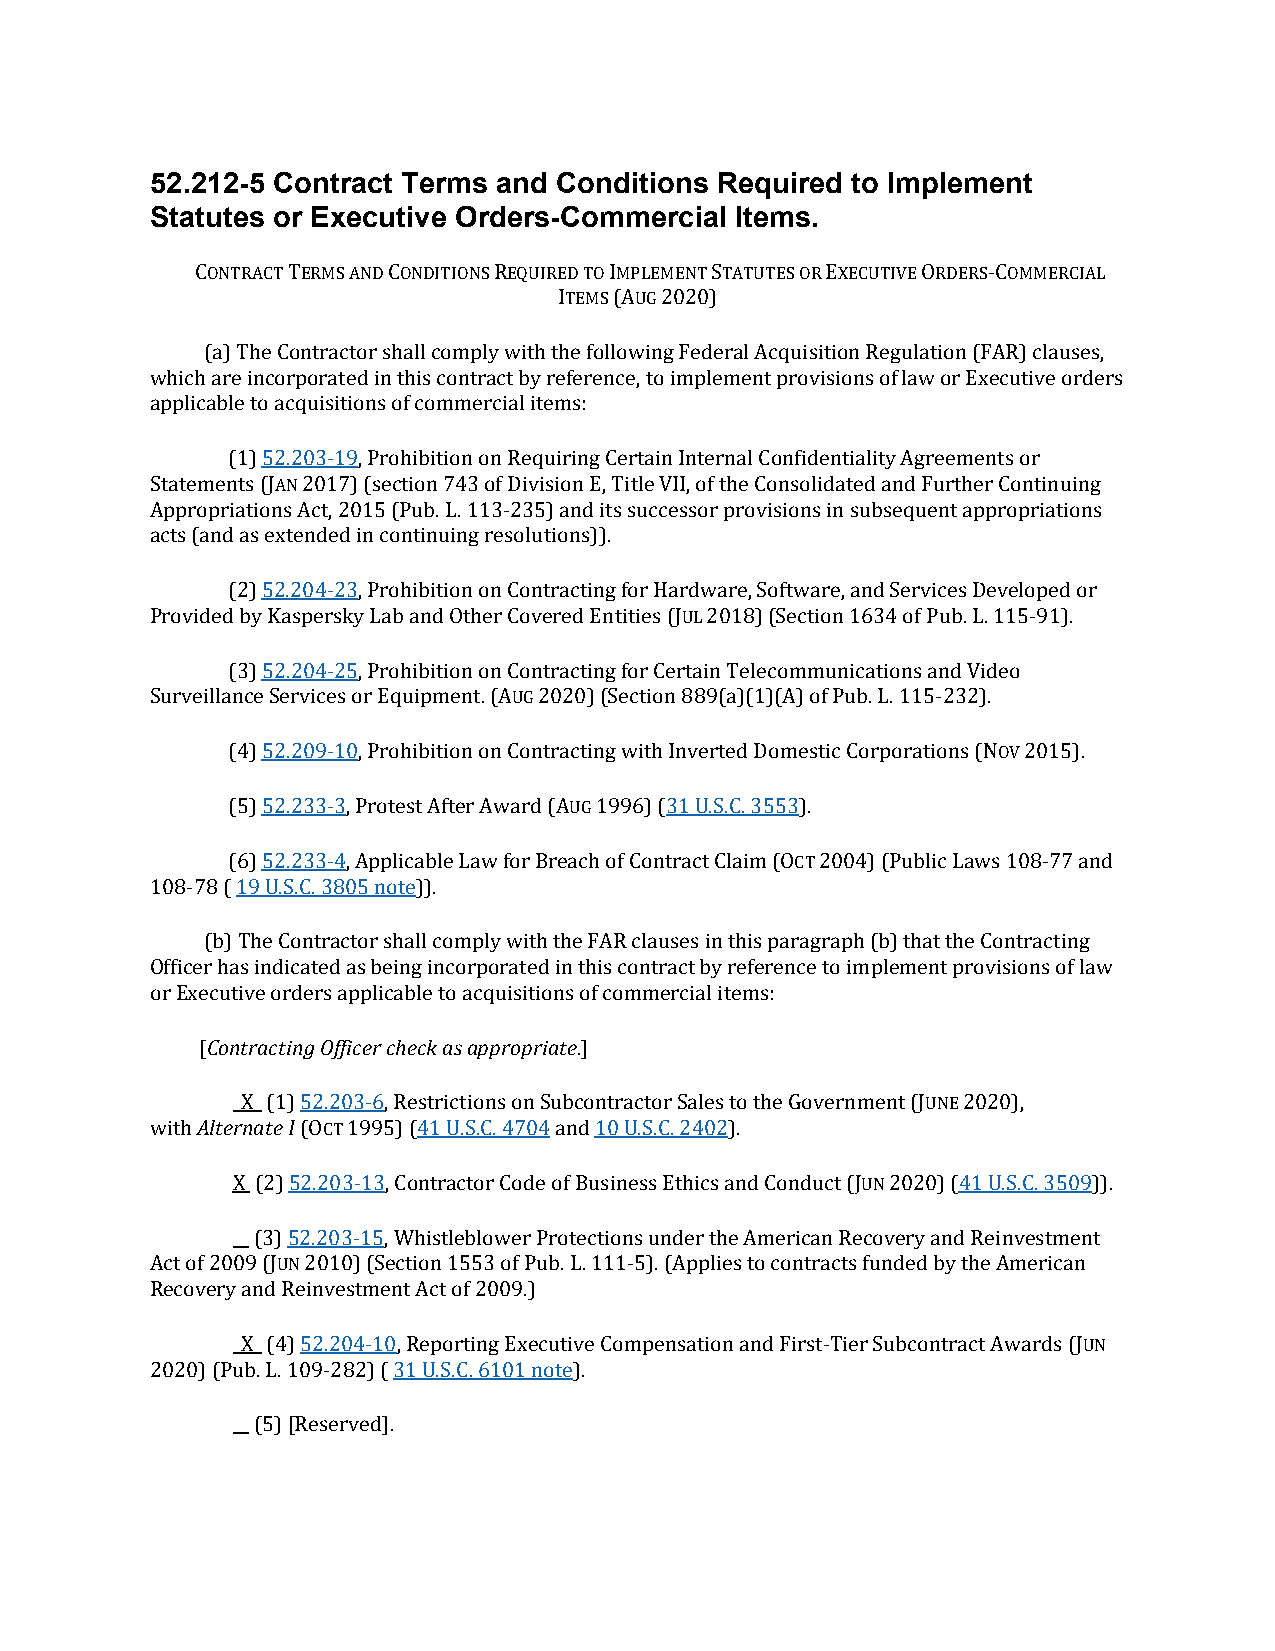
52.212-5 Contract Terms and Conditions Required to Implement
 Statutes or Executive Orders-Commercial Items.
 CONTRACT TERMS AND CONDITIONS REQUIRED TO IMPLEMENT STATUTES OR EXECUTIVE ORDERS-COMMERCIAL
 ITEMS (AUG 2020)
 (a) The Contractor shall comply with the following Federal Acquisition Regulation (FAR) clauses,
 which are incorporated in this contract by reference, to implement provisions of law or Executive orders
 applicable to acquisitions of commercial items:
 (1) 52.203-19, Prohibition on Requiring Certain Internal Confidentiality Agreements or
 Statements (JAN 2017) (section 743 of Division E, Title VII, of the Consolidated and Further Continuing
 Appropriations Act, 2015 (Pub. L. 113-235) and its successor provisions in subsequent appropriations
 acts (and as extended in continuing resolutions)).
 (2) 52.204-23, Prohibition on Contracting for Hardware, Software, and Services Developed or
 Provided by Kaspersky Lab and Other Covered Entities (JUL 2018) (Section 1634 of Pub. L. 115-91).
 (3) 52.204-25, Prohibition on Contracting for Certain Telecommunications and Video
 Surveillance Services or Equipment. (AUG 2020) (Section 889(a)(1)(A) of Pub. L. 115-232).
 (4) 52.209-10, Prohibition on Contracting with Inverted Domestic Corporations (NOV 2015).
 (5) 52.233-3, Protest After Award (AUG 1996) (31 U.S.C. 3553).
 (6) 52.233-4, Applicable Law for Breach of Contract Claim (OCT 2004) (Public Laws 108-77 and
 108-78 ( 19 U.S.C. 3805 note)).
 (b) The Contractor shall comply with the FAR clauses in this paragraph (b) that the Contracting
 Officer has indicated as being incorporated in this contract by reference to implement provisions of law
 or Executive orders applicable to acquisitions of commercial items:
 Contracting Officer check as appropriate
 [                        .]
 Alternate I
 _X_ (1) 52.203-6, Restrictions on Subcontractor Sales to the Government (JUNE 2020),
 with      (OCT 1995) (41 U.S.C. 4704 and 10 U.S.C. 2402).
 X (2) 52.203-13, Contractor Code of Business Ethics and Conduct (JUN 2020) (41 U.S.C. 3509)).
 __ (3) 52.203-15, Whistleblower Protections under the American Recovery and Reinvestment
 Act of 2009 (JUN 2010) (Section 1553 of Pub. L. 111-5). (Applies to contracts funded by the American
 Recovery and Reinvestment Act of 2009.)
 _X_ (4) 52.204-10, Reporting Executive Compensation and First-Tier Subcontract Awards (JUN
 2020) (Pub. L. 109-282) ( 31 U.S.C. 6101 note).
 __ (5) [Reserved].